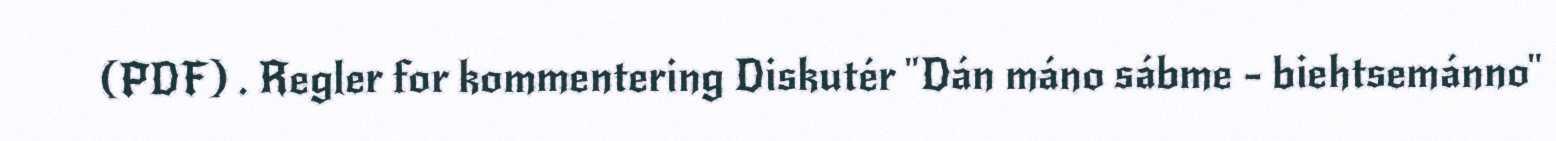
(PDF) . Regler for kommentering Diskutér "Dán máno sábme - biehtsemánno"